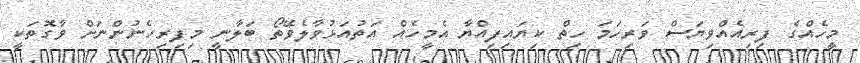
މީހެއްގެ ފިރިއެއްވިޔަސް ވަރިހަމަ ހިތް ކިޔައިފިއްޔާ އެމީހެއް އަތުއަޅުވާލެވޭތޯ ބަލާނީ މިފިރިހެނުންނަށް ވާގޮތަކީ